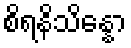
စိရနိသိန္နော